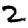
Digit: 2